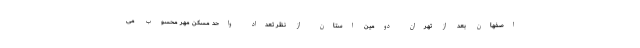
اصفهان بعد از تهران دومین استان از نظر تعداد واحد مسکن مهر محسوب می